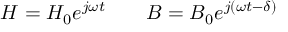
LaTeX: H = H _ { 0 } e ^ { j \omega t } \qquad B = B _ { 0 } e ^ { j \left( \omega t - \delta \right) }